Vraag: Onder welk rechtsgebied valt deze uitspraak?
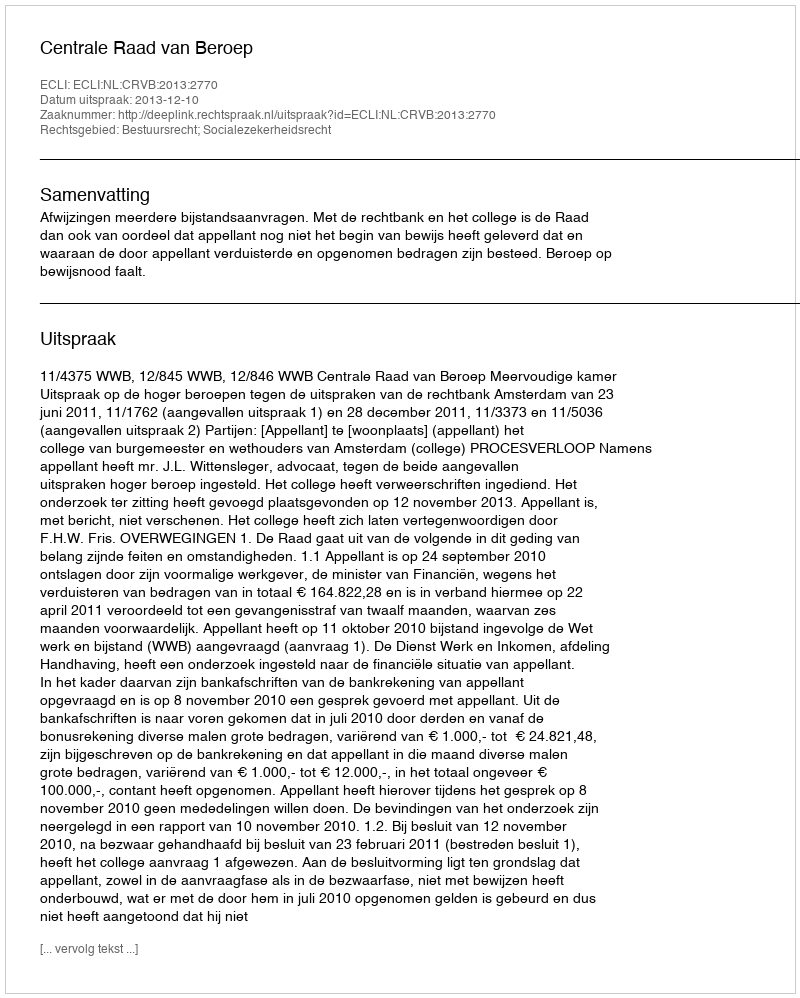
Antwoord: Bestuursrecht; Socialezekerheidsrecht